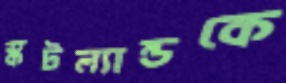
স্কটল্যান্ডকে